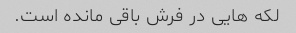
لکه هایی در فرش باقی مانده است.